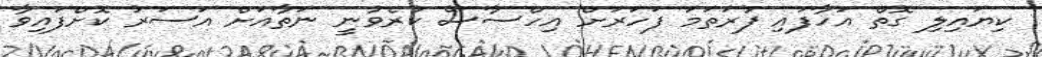
ކިޔައިލި ގޮތް އަހާފައި ފުރަތަމަ ފަހަރަށް އިހްސާސް ކުރެވުނީ ނަތާއަށް އަސަރު ކޮށްފައިވާ